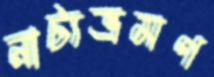
নাট্যভ্রমণ